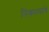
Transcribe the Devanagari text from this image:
निकालांचे